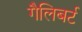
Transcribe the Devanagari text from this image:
गैलिबर्ट